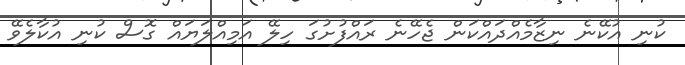
ކުނި އުކޭނެ ނިޒާމެއްދައްކަން ޖެހޭނެ ރައްފުށުގަ ހިލޭ އަމިއްލަޔައް ގޮސް ކުނި އުކާލެވޭ